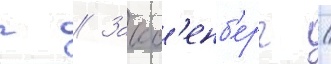
г // Закс'енб'ерг /